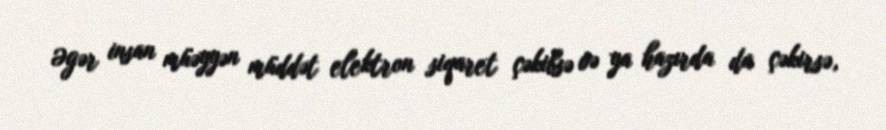
Əgər insan müəyyən müddət elektron siqaret çəkibsə və ya hazırda da çəkirsə,